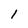
Character: 1